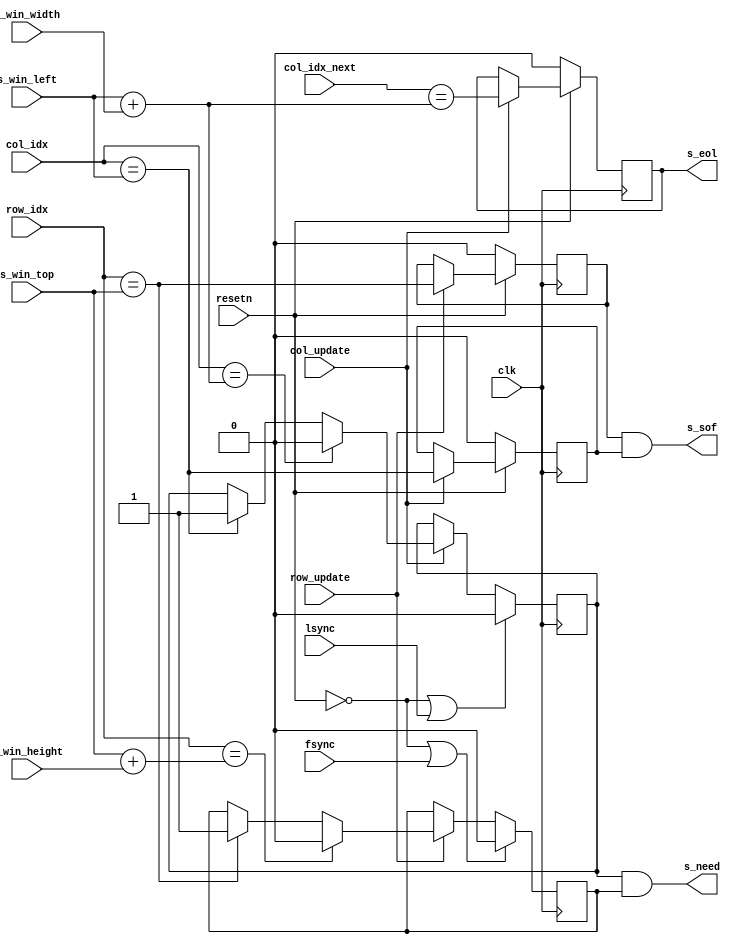
module axis_shifter_v2 #
(
	parameter integer C_PIXEL_WIDTH	= 8,
	parameter integer C_IMG_WBITS = 12,
	parameter integer C_IMG_HBITS = 12
)
(
	input wire clk,
	input wire resetn,
	input wire fsync,
	input wire lsync,

	input wire [C_IMG_WBITS-1 : 0] col_idx,
	input wire [C_IMG_WBITS-1 : 0] col_idx_next,
	input wire col_update,
	input wire [C_IMG_HBITS-1 : 0] row_idx,
	///input wire [C_IMG_HBITS-1 : 0] row_idx_next,
	input wire row_update,

	input wire [C_IMG_WBITS-1 : 0] s_win_left,
	input wire [C_IMG_HBITS-1 : 0] s_win_top,
	input wire [C_IMG_WBITS-1 : 0] s_win_width,
	input wire [C_IMG_HBITS-1 : 0] s_win_height,

	output wire s_need,
	output reg s_eol,
	output wire s_sof
);
	reg col_need;
	reg row_need;
	always @ (posedge clk) begin
		if (resetn == 1'b0 || lsync)
			col_need <= 0;
		else if (col_update) begin
			if (col_idx == s_win_left + s_win_width)
				col_need <= 0;
			else if (col_idx == s_win_left)
				col_need <= 1;
			else
				col_need <= col_need;
		end
		else
			col_need <= col_need;
	end
	always @ (posedge clk) begin
		if (resetn == 1'b0 || fsync)
			row_need <= 0;
		else if (row_update) begin
			if (row_idx == s_win_top + s_win_height)
				row_need <= 0;
			else if (row_idx == s_win_top)
				row_need <= 1;
			else
				row_need <= row_need;
		end
		else
			row_need <= row_need;
	end

	assign s_need = (col_need && row_need);

	reg first_line;
	always @ (posedge clk) begin
		if (resetn == 1'b0)
			first_line <= 0;
		else if (row_update)
			first_line <= (row_idx == s_win_top);
		else
			first_line <= first_line;
	end
	reg first_pixel;
	always @ (posedge clk) begin
		if (resetn == 1'b0)
			first_pixel <= 0;
		else if (col_update)
			first_pixel <= (col_idx == s_win_left);
		else
			first_pixel <= first_pixel;
	end

	assign s_sof = first_line && first_pixel;

	always @ (posedge clk) begin
		if (resetn == 1'b0)
			s_eol <= 0;
		else if (col_update)
			s_eol <= (col_idx_next == s_win_left + s_win_width);
		else
			s_eol <= s_eol;
	end

endmodule